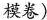
模卷)